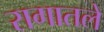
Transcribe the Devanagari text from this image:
रागातले